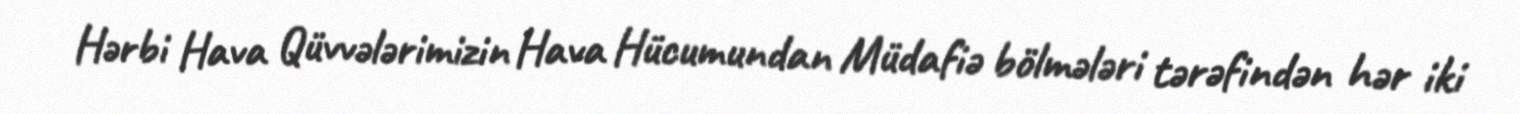
Hərbi Hava Qüvvələrimizin Hava Hücumundan Müdafiə bölmələri tərəfindən hər iki